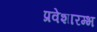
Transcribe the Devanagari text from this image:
प्रवेशारम्भ